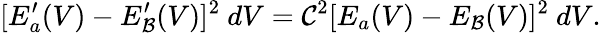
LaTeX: [E_{a}^{\prime}(V)-E_{\mathcal{B}}^{\prime}(V)]^{2}~dV=\mathcal{C}^{2}[E_{a}(V)-E_{\mathcal{B}}(V)]^{2}~dV.